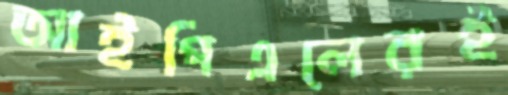
আইপিএলেরই